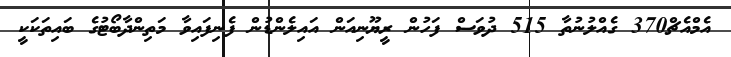
އެމްއެޗް370 ގެއްލުނުތާ 515 ދުވަސް ފަހުން ރީޔޫނިއަން އައިލެންޑުން ފެނިފައިވާ މަތިންދާބޯޓުގެ ބައިތަކަކީ